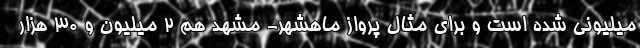
میلیونی شده است و برای مثال پرواز ماهشهر- مشهد هم ۲ میلیون و ۳۰ هزار